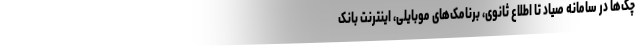
چک‌ها در سامانه صیاد تا اطلاع ثانوی، برنامک‌های موبایلی، اینترنت بانک